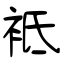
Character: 袛